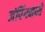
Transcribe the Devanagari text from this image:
जंपिंगमध्ये